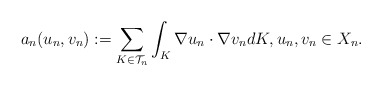
\begin{align*}a_n(u_n, v_n):=\sum_{K \in {\mathcal T}_n} \int_K \nabla u_n \cdot \nabla v_n dK, u_n, v_n \in X_n.\end{align*}